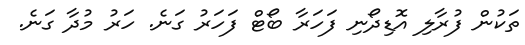
ތަކުން ފުރާލި އޮޑިދޯނި ފަހަރާ ބޯޓް ފަހަރު ގަނެ. ހަރު މުދާ ގަނެ.